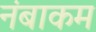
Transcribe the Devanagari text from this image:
नंबाकम